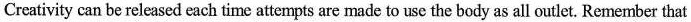
Creativity can he released each time attempts are made to use the body as all outlet, Remember that